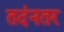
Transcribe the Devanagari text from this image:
तदंनतर